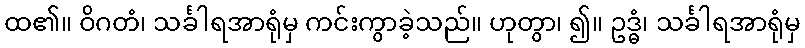
ထ၏။ ဝိဂတံ၊ သင်္ခါရအာရုံမှ ကင်းကွာခဲ့သည်။ ဟုတွာ၊ ၍။ ဥဒ္ဓံ၊ သင်္ခါရအာရုံမှ